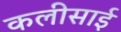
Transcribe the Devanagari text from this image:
कलीसाई